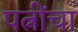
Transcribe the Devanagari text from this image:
पत्नींचा